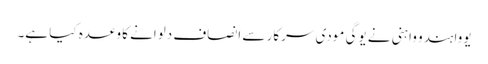
یووا ہندو واہنی نے یوگی مودی سرکار سے انصاف دلوانے کا وعدہ کیا ہے۔